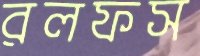
রলফস